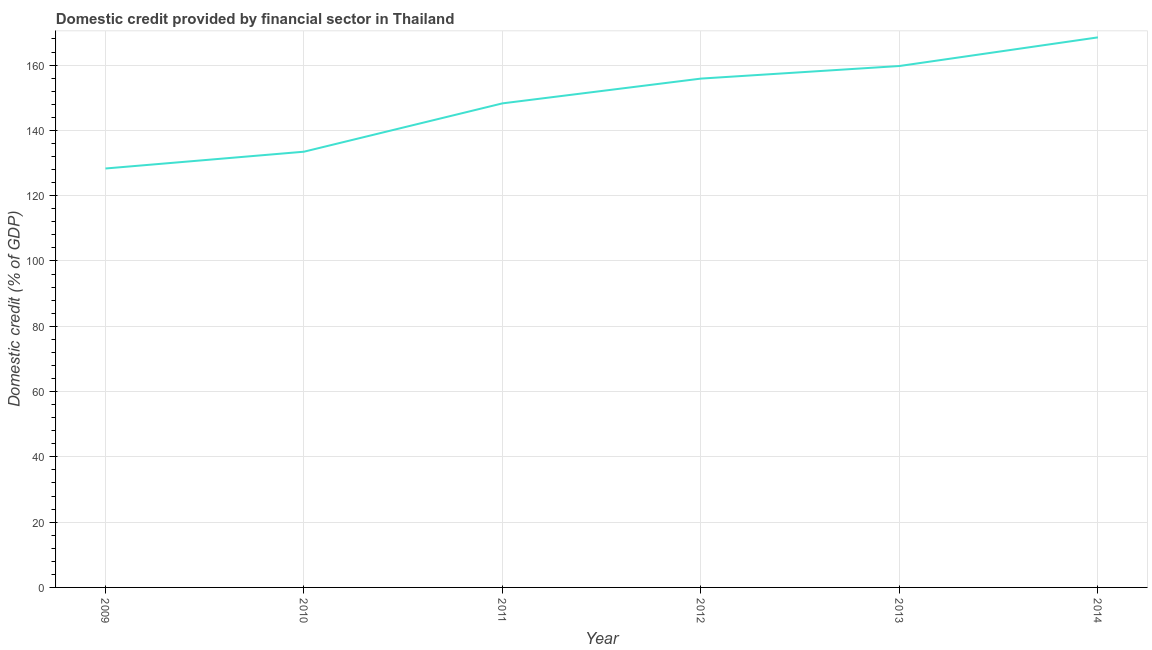
| Year | Domestic credit provided by financial sector |
 | --- | --- |
 | 2009 | 128 |
 | 2010 | 133 |
 | 2011 | 148 |
 | 2012 | 156 |
 | 2013 | 160 |
 | 2014 | 168 |